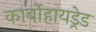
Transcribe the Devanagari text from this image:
कार्बोहायड्रेड